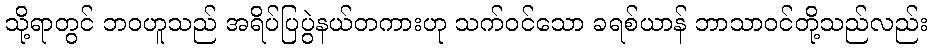
သို့ရာတွင် ဘဝဟူသည် အရိပ်ပြပွဲနယ်တကားဟု သက်ဝင်သော ခရစ်ယာန် ဘာသာဝင်တို့သည်လည်း